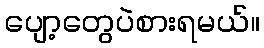
ပျော့တွေပဲစားရမယ်။